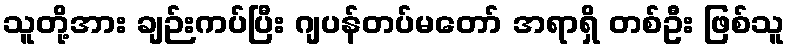
သူတို့အား ချဉ်းကပ်ပြီး ဂျပန်တပ်မတော် အရာရှိ တစ်ဦး ဖြစ်သူ